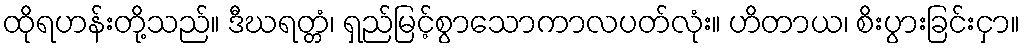
ထိုရဟန်းတို့သည်။ ဒီဃရတ္တံ၊ ရှည်မြင့်စွာသောကာလပတ်လုံး။ ဟိတာယ၊ စိးပွားခြင်းငှာ။